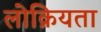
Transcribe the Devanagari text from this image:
लोक्रियता